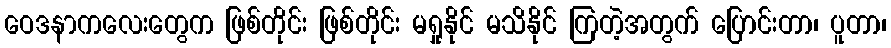
ဝေဒနာကလေးတွေက ဖြစ်တိုင်း ဖြစ်တိုင်း မရှုနိုင် မသိနိုင် ကြတဲ့အတွက် ပြောင်းတာ၊ ပူတာ၊